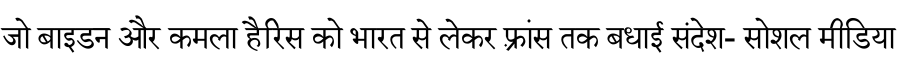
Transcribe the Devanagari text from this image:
जो बाइडन और कमला हैरिस को भारत से लेकर फ़्रांस तक बधाई संदेश- सोशल मीडिया